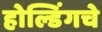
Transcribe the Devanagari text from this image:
होल्डिंगचे